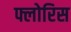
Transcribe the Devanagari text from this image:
फ्लोरिस